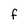
Character: f